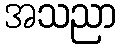
အသညာ